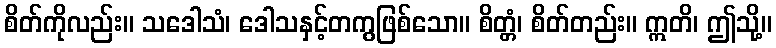
စိတ်ကိုလည်း။ သဒေါသံ၊ ဒေါသနှင့်တကွဖြစ်သော။ စိတ္တံ၊ စိတ်တည်း။ ဣတိ၊ ဤသို့။